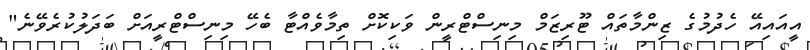
އީއައިއޭ ހެދުމުގެ ޒިންމާތައް ޓޫރިޒަމް މިނިސްޓްރީން ވަކިކޮށް ތިމާވެއްޓާ ބެހޭ މިނިސްޓްރީއަށް ބަދަލުކުރެވޭނެ"